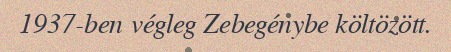
1937-ben végleg Zebegénybe költözött.